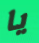
يا